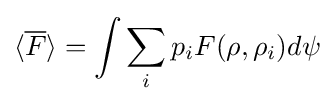
\langle {\overline {F}}\rangle =\int \sum _{i}p_{i}F(\rho ,\rho _{i})d\psi